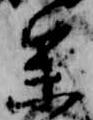
参